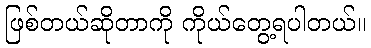
ဖြစ်တယ်ဆိုတာကို ကိုယ်တွေ့ရပါတယ်။